Report of the Indian Hemp Drugs Commission, 1894-1895 - Volume VIII
Year: 1894
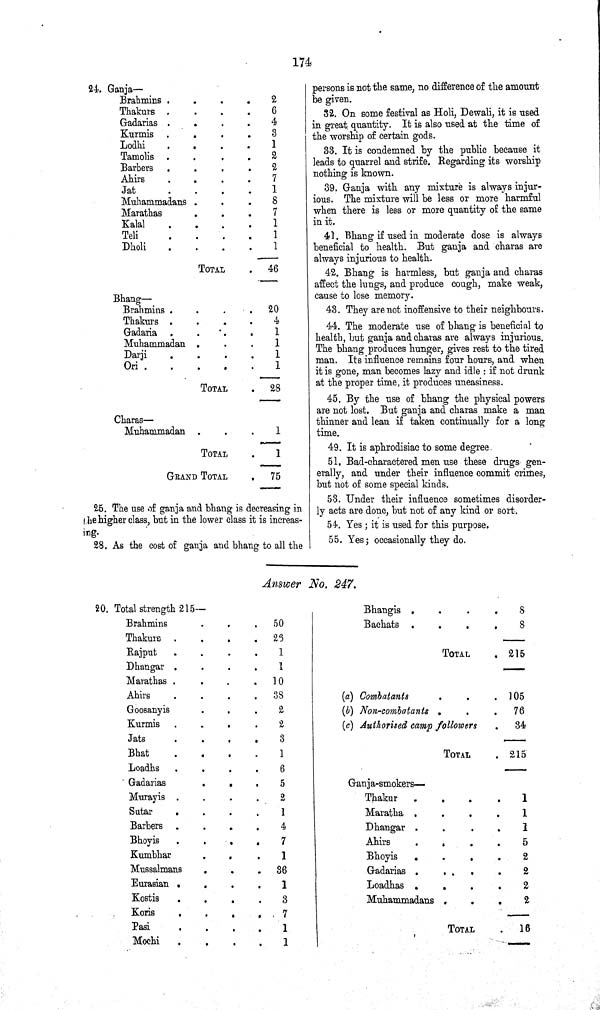
174
24. Ganja—
Brahmins
2
Thakurs
6
Gadarias
4
Kurmis
3
Lodhi
1
Tamolis
2
Barbers
2
Ahirs
7
Jat
1
Muhammadans
8
Marathas
7
Kalal
1
Teli
1
Dholi
1
TOTAL
46
Bhang—
Brahmins
20
Thakurs
4
Gadaria
1
Muhammadan
1
Darji
1
Ori
1
TOTAL
28
Charas—
Muhammadan
1
TOTAL
1
GRAND TOTAL
75
25. The use of ganja and bhang is decreasing in
the higher class, but in the lower class it is increas¬
ing.
28. As the cost of ganja and bhang to all the
persons is not the same, no difference of the amount
be given.
32. On some festival as Holi, Dewali, it is used
in great quantity. It is also used at the time of
the worship of certain gods.
33. It is condemned by the public because it
leads to quarrel and strife. Regarding its worship
nothing is known.
39. Ganja with any mixture is always injur¬
ious. The mixture will be less or more harmful
when there is less or more quantity of the same
in it.
41. Bhang if used in moderate dose is always
beneficial to health. But ganja and charas are
always injurious to health.
42. Bhang is harmless, but ganja and charas
affect the lungs, and produce cough, make weak,
cause to lose memory.
43. They are not inoffensive to their neighbours.
44. The moderate use of bhang is beneficial to
health, but ganja and charas are always injurious.
The bhang produces hunger, gives rest to the tired
man. Its influence remains four hours, and when
it is gone, man becomes lazy and idle: if not drunk
at the proper time, it produces uneasiness.
45. By the use of bhang the physical powers
are not lost. But ganja and charas make a man
thinner and lean if taken continually for a long
time.
49. It is aphrodisiac to some degree.
51. Bad-charactered men use these drugs gen¬
erally, and under their influence commit crimes,
but not of some special kinds.
53. Under their influence sometimes disorder¬
ly acts are done, but not of any kind or sort.
54. Yes; it is used for this purpose.
55. Yes; occasionally they do.
Answer No. 247.
20. Total strength 215—
Brahmins
50
Thakurs
26
Rajput
1
Dhangar
1
Marathas
10
Ahirs
38
Goosanyis
2
Kurmis
2
Jats
3
Bhat
1
Loadhs
6
Gadarias
5
Murayis
2
Sutar
1
Barbers
4
Bhoyis
7
Kumbhar
1
Mussalmans
36
Eurasian
1
Kostis
3
Koris
7
Pasi
1
Mochi
1
Bhangis
8
Bachats
8
TOTAL
215
(a) Combatants
105
(b) Non-combatants
76
(c) Authorised camp followers
34
TOTAL
215
Ganja-smokers—
Thakur
1
Maratha
1
Dhangar
1
Ahirs
5
Bhoyis
2
Gadarias
2
Loadhas
2
Muhammadans
2
TOTAL
16